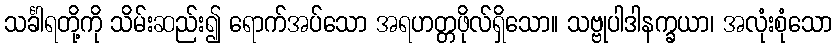
သင်္ခါရတို့ကို သိမ်းဆည်း၍ ရောက်အပ်သော အရဟတ္တဖိုလ်ရှိသော။ သဗ္ဗုပါဒါနက္ခယာ၊ အလုံးစုံသော